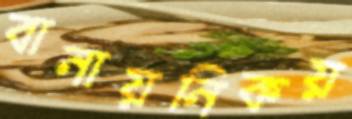
বানায়নিকয়